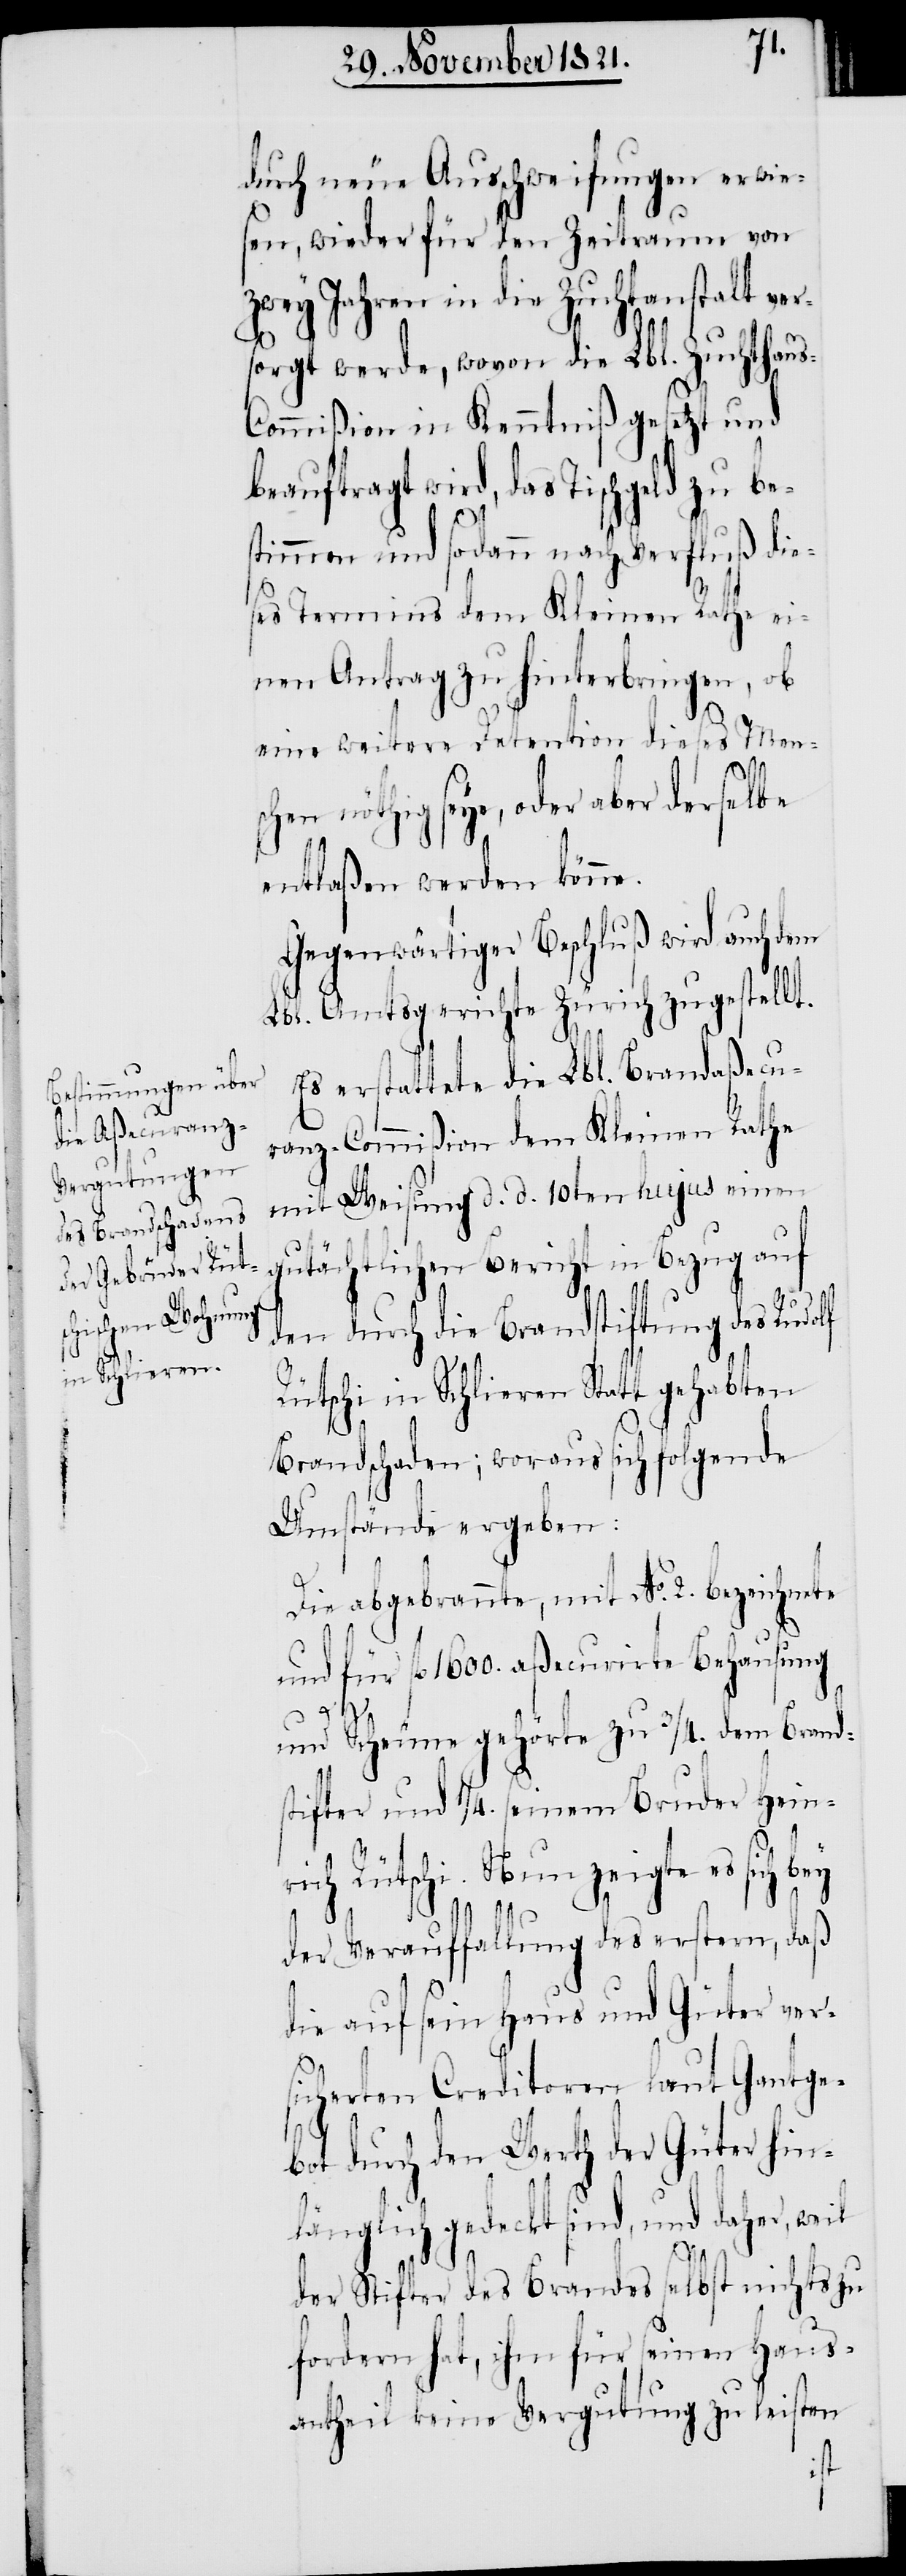
durch neue Ausschweifungen erwies¬
en, wieder für den Zeitraum von
zwey Jahren in die Zuchtanstalt ver¬
sorgt werde, wovon die Lbl. Zuchthau¬
s-Commißion in Kenntniß gesetzt und
beauftragt wird, das Tischgeld zu be¬
stimmen und sodann nach Verfluß die¬
ses Termins dem Kleinen Rathe ei¬
nen Antrag zu hinterbringen, ob
eine weitere Detention dieses Men¬
hen nöthig seye, oder aber derselbe
entlaßen werden könne.
Gegenwärtiger Beschluß wird auch dem
Lbl. Amtsgerichte Zürich zugestellt.
Es erstattete die Lbl. Brandaßecu¬
ranz-Commißion dem Kleinen Rathe
mit Weisung d. d. 10ten hujus einen
gutächtlichen Bericht in Bezug auf
den durch die Brandstiftung des Rudolf
Rütschi in Schlieren Statt gehabten
Brandschaden; woraus sich folgende
Umstände ergeben:
Die abgebrannte, mit No. 2. bezeichnete
und für fl. 1600. aßecurirte Behausung
und Scheune gehörte zu 3/4. dem Brand¬
stifter und 1/4. seinem Bruder Hein¬
rich Rütschi. Nun zeigte es sich bey
der Verauffallung des erstern, daß
die auf sein Haus und Güter ver¬
sicherten Creditoren laut Gantge¬
bot durch den Werth der Güter hin¬
länglich gedeckt sind, und daher, weil
der Stifter des Brandes selbst nichts zu
fordern hat, ihm für seinen Haus¬
antheil keine Vergutung zu leisten
sc¬